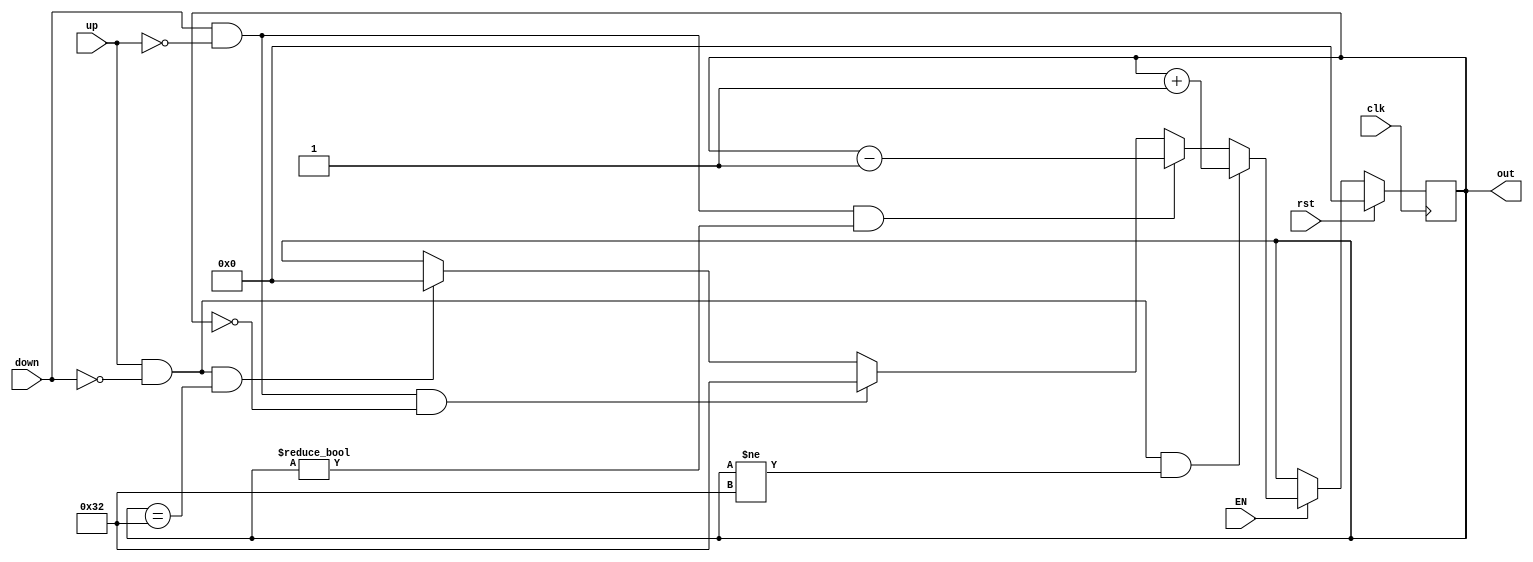
`timescale 1ns / 1ps

module Contador_lectura(
    input clk,
	 input EN,
    input up,
	 /*input Ld_1,
	 input Ld_2,*/
    input down,
    input rst,
    output reg [5:0] out
    );

always@(posedge clk) begin

	if(rst)begin
		out<=0; end
	else if(EN) begin
	
	/*if(Ld_1==1&&Ld_2==0)begin
	   out<=7'd48;end
	else begin if(Ld_2==1&&Ld_1==0)begin
		out<=7'd83;end end*/
		
	if(up & down==0 & out!=6'd50)begin
		out<=out+6'd1; end
	else if(down & up==0 & out!=6'd0)begin
		out<=out-6'd1; end
	else if(down & up==0 & out==6'd0)begin
		out<=6'd50; end
	else if(up & down==0 & out==6'd50)begin
		out<=0; end
	end
end
endmodule